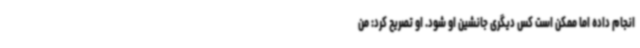
انجام داده اما ممکن است کس دیگری جانشین او شود. او تصریح کرد: من